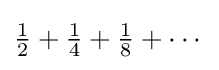
{\tfrac {1}{2}}+{\tfrac {1}{4}}+{\tfrac {1}{8}}+\cdots